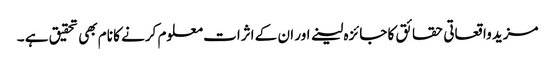
مزید واقعاتی حقائق کا جائزہ لینے اور ان کے اثرات معلوم کرنے کا نام بھی تحقیق ہے ۔